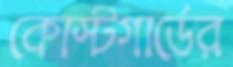
কোস্টগার্ডের